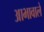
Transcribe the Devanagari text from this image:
आभावाले